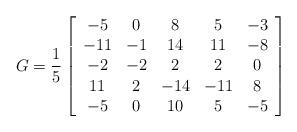
LaTeX: \begin{align*}G=\frac{1}{5}\left[\begin{array}{ccccc} -5&0&8&5&-3\\-11&-1&14&11&-8\\-2&-2&2&2&0\\11&2&-14&-11&8\\-5&0&10&5&-5\end{array}\right]\end{align*}